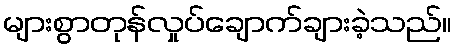
များစွာတုန်လှုပ်ချောက်ချားခဲ့သည်။